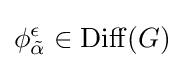
\phi _{\tilde {\alpha }}^{\epsilon }\in \mathrm {Diff} (G)